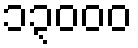
၁၃၀၀၀